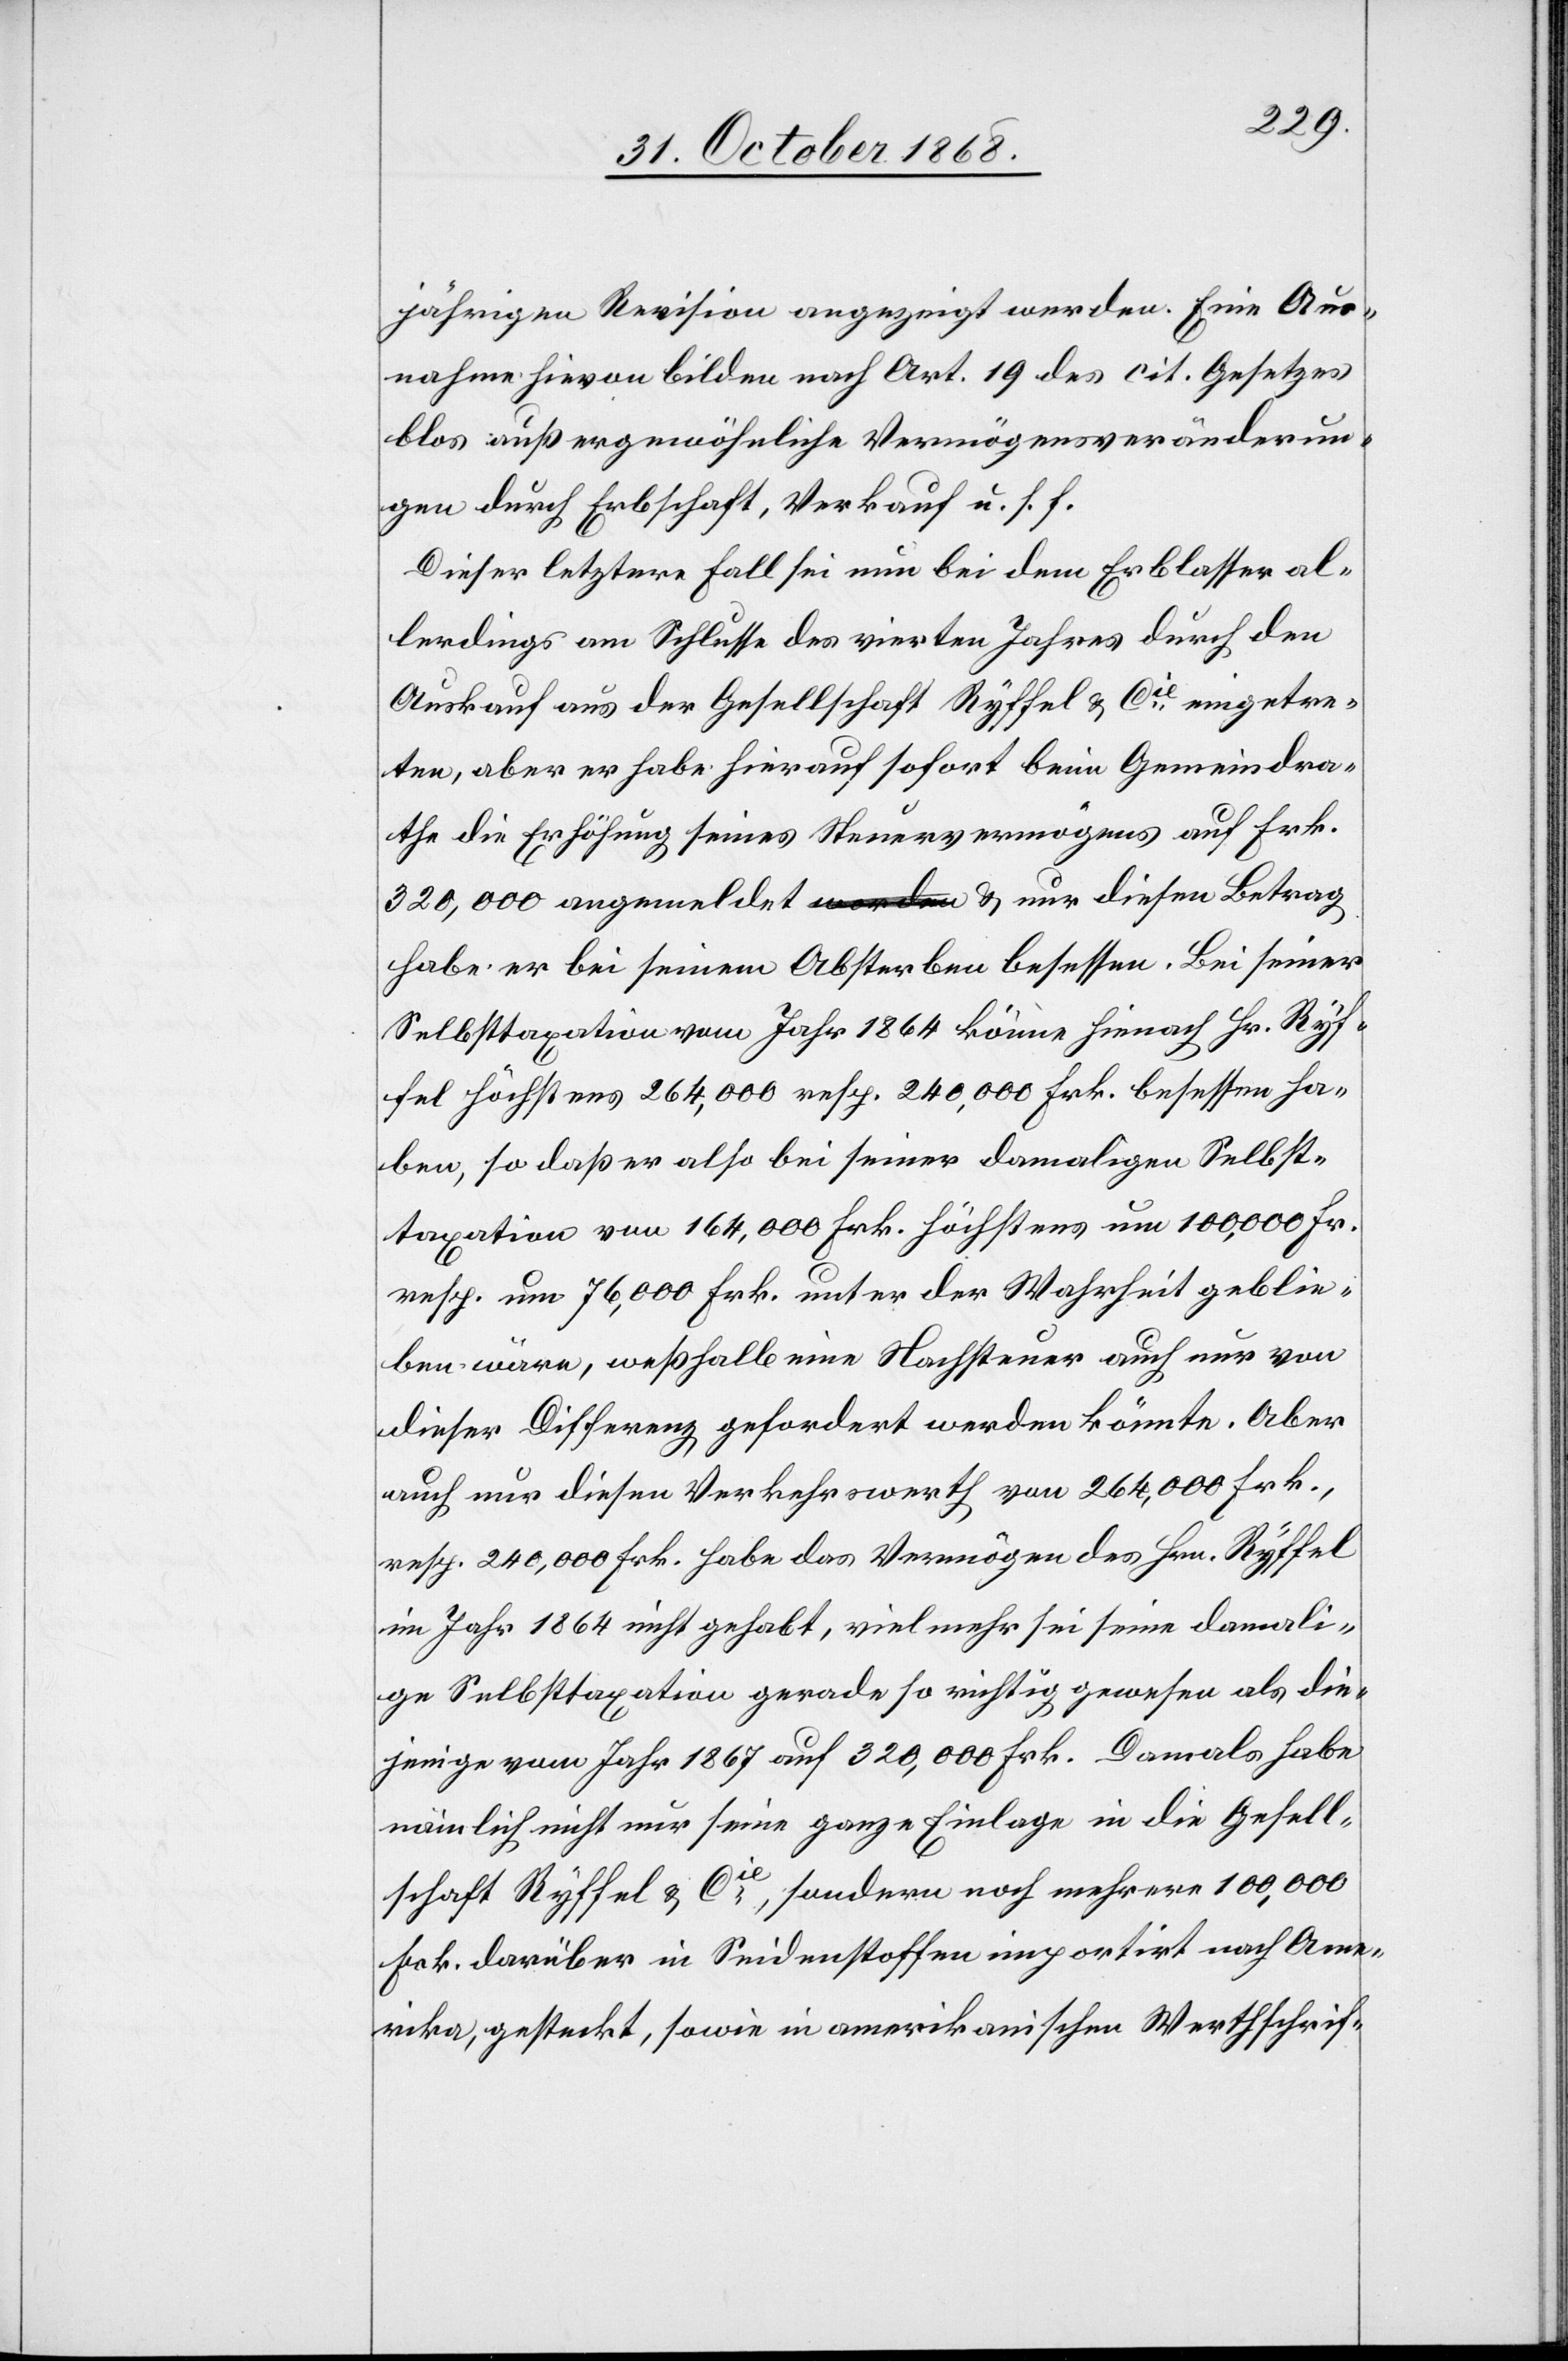
jährigen Revision angezeigt werden. Eine Aus¬
nahme hievon bilden nach Art. 19 des cit. Gesetzes
blos außergewöhnliche Vermögensveränderun¬
gen durch Erbschaft, Verkauf u. s. f.
Dieser letztere Fall sei nun bei dem Erblasser al¬
lerdings am Schlusse des vierten Jahres durch den
Auskauf aus der Gesellschaft Ryffel & Cie eingetre¬
ten, aber er habe hierauf sofort beim Gemeindra¬
the die Erhöhung seines Steuervermögens auf Frk.
habe er bei seinem Absterben besessen. Bei seiner
Selbsttaxation vom Jahr 1864 könne hienach Hr. Ryf¬
fel höchstens 264,000 resp. 240,000 Frk. besessen ha¬
ben, so daß er also bei seiner damaligen Selbst¬
taxation von 164,000 Frk. höchstens um 100,000 Fr.
resp. um 76,000 Frk. unter der Wahrheit geblie¬
ben wäre, weßhalb eine Nachsteuer auch nur von
dieser Differenz gefordert werden könnte. Aber
auch nur diesen Verkehrswerth von 264,000 Frk.,
resp. 240,000 Frk. habe das Vermögen des Hrn. Ryffel
im Jahr 1864 nicht gehabt, vielmehr sei seine damali¬
ge Selbsttaxation gerade so richtig gewesen als die¬
jenige vom Jahr 1867 auf 320,000 Frk. Damals habe
nämlich nicht nur seine ganze Einlage in die Gesell¬
schaft Ryffel & Cie, sondern noch mehrere 100,000
Frk. darüber in Seidenstoffen importirt nach Ame¬
rika, gesteckt, sowie in amerikanischen Werthschrif-